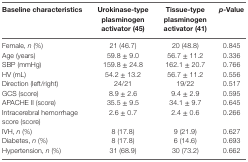
| Baseline characteristics | Urokinase-type plasminogen activator (45) | Tissue-type plasminogen activator (41) | p-Value |
 | --- | --- | --- | --- |
 | Female, n (%) | 21 (46.7) | 20 (48.8) | 0.845 |
 | Age (years) | 59.8 ± 9.0 | 56.7 ± 11.2 | 0.336 |
 | SBP (mmHg) | 159.8 ± 24.8 | 162.1 ± 20.7 | 0.766 |
 | HV (mL) | 54.2 ± 13.2 | 56.7 ± 11.2 | 0.556 |
 | Direction (left/right) | 24/21 | 19/22 | 0.517 |
 | GCS (score) | 8.9 ± 2.6 | 9.4 ± 2.9 | 0.595 |
 | APACHE II (score) | 35.5 ± 9.5 | 34.1 ± 9.7 | 0.645 |
 | Intracerebral hemorrhage score (score) | 2.6 ± 0.7 | 2.4 ± 0.6 | 0.266 |
 | IVH, n (%) | 8 (17.8) | 9 (21.9) | 0.627 |
 | Diabetes, n (%) | 8 (17.8) | 6 (14.6) | 0.693 |
 | Hypertension, n (%) | 31 (68.9) | 30 (73.2) | 0.662 |